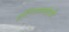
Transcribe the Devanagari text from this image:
हॉटेलसाखळी